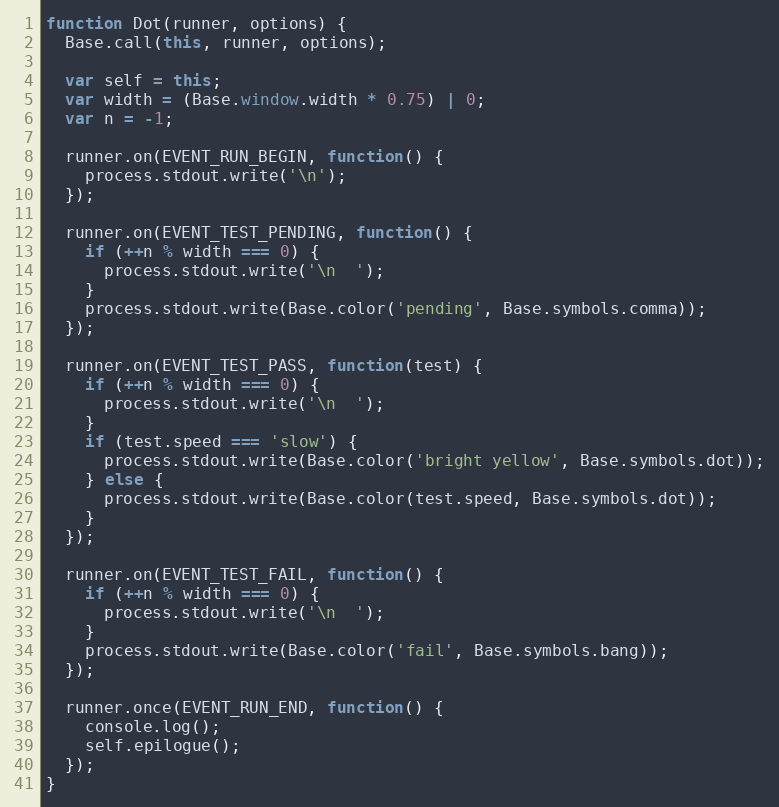
Language: JavaScript
function Dot(runner, options) {
  Base.call(this, runner, options);

  var self = this;
  var width = (Base.window.width * 0.75) | 0;
  var n = -1;

  runner.on(EVENT_RUN_BEGIN, function() {
    process.stdout.write('\n');
  });

  runner.on(EVENT_TEST_PENDING, function() {
    if (++n % width === 0) {
      process.stdout.write('\n  ');
    }
    process.stdout.write(Base.color('pending', Base.symbols.comma));
  });

  runner.on(EVENT_TEST_PASS, function(test) {
    if (++n % width === 0) {
      process.stdout.write('\n  ');
    }
    if (test.speed === 'slow') {
      process.stdout.write(Base.color('bright yellow', Base.symbols.dot));
    } else {
      process.stdout.write(Base.color(test.speed, Base.symbols.dot));
    }
  });

  runner.on(EVENT_TEST_FAIL, function() {
    if (++n % width === 0) {
      process.stdout.write('\n  ');
    }
    process.stdout.write(Base.color('fail', Base.symbols.bang));
  });

  runner.once(EVENT_RUN_END, function() {
    console.log();
    self.epilogue();
  });
}